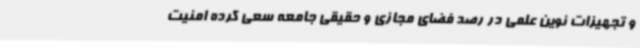
و تجهیزات نوین علمی در رصد فضای مجازی و حقیقی جامعه سعی کرده امنیت